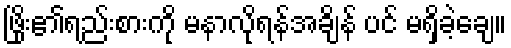
ဖြိုး၏ရည်းစားကို မနာလိုရန်အချိန် ပင် မရှိခဲ့ချေ။